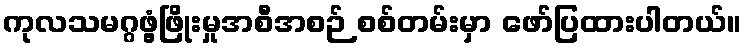
ကုလသမဂ္ဂဖွံ့ဖြိုးမှုအစီအစဉ် စစ်တမ်းမှာ ဖော်ပြထားပါတယ်။